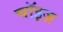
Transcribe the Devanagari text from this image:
चॉइज़